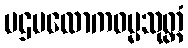
ပဌမလောကဓမ္မသုတ္တံ